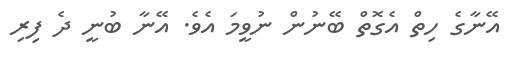
އޭނާގެ ހިތް އެގޮތް ބޭނުން ނުވީމަ އެވެ. އޭނާ ބުނީ ދެ ފިރި